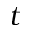
t